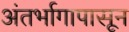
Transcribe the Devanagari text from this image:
अंतर्भागापासून